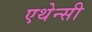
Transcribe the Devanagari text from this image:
एथेन्सी